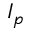
I _ { p }